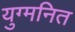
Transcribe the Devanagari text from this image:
युग्‍मनित